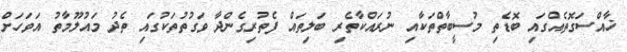
ޚާއްސަގޮތެއްގައި ބޮޑެތި މުސީބާތްތަކާއި ނުރައްކާތެރި ބަލިތައް ފެތުރިގެންދާ ވަގުތުތަކުގައި ތެދު މައުލޫމާތު އަވަހަށް